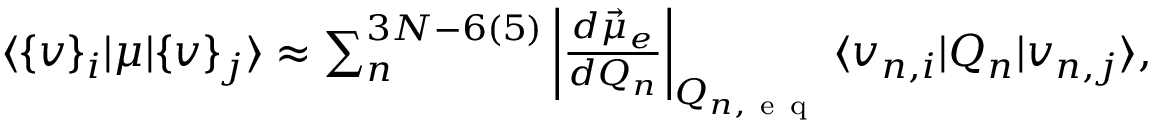
\begin{array} { r } { \langle \{ v \} _ { i } \lvert \mu \lvert \{ v \} _ { j } \rangle \approx \sum _ { n } ^ { 3 N - 6 ( 5 ) } \left| \frac { d \vec { \mu } _ { e } } { d Q _ { n } } \right| _ { Q _ { n , \mathrm { ~ e ~ q ~ } } } \langle v _ { n , i } \lvert Q _ { n } \lvert v _ { n , j } \rangle , } \end{array}